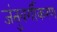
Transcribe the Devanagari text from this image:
जंतुवर्गीकरण